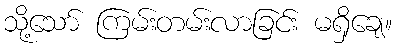
သို့သော် ကြမ်းတမ်းလာခြင်း မရှိချေ။